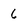
Character: 6